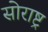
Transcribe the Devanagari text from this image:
सोराष्ट्र